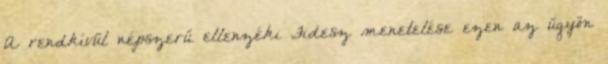
A rendkívül népszerű ellenzéki Fidesz menetelése ezen az ügyön